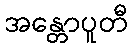
အန္တောပူတီ